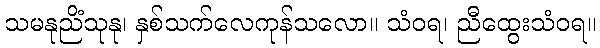
သမနုညိံသုနု၊ နှစ်သက်လေကုန်သလော။ သံဝရ၊ ညီထွေးသံဝရ။